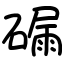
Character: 𥕟